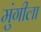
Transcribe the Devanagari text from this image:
मुंगीला